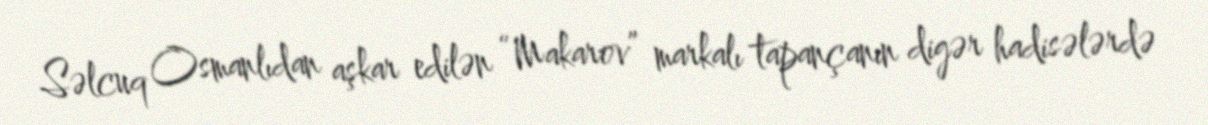
Səlcuq Osmanlıdan aşkar edilən “Makarov” markalı tapançanın digər hadisələrdə